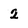
Character: 2